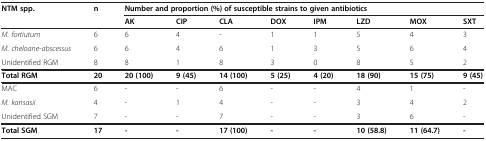
<table><thead><tr><td><b>NTM spp.</b></td><td><b>n</b></td><td colspan="8"><b>Number and proportion (%) of susceptible strains to given antibiotics</b></td></tr><tr><td><b> </b></td><td><b> </b></td><td><b>AK</b></td><td><b>CIP</b></td><td><b>CLA</b></td><td><b>DOX</b></td><td><b>IPM</b></td><td><b>LZD</b></td><td><b>MOX</b></td><td><b>SXT</b></td></tr></thead><tbody><tr><td><i>M. fortiutum</i></td><td>6</td><td>6</td><td>4</td><td>-</td><td>1</td><td>1</td><td>5</td><td>4</td><td>3</td></tr><tr><td><i>M. cheloane-abscessus</i></td><td>6</td><td>6</td><td>4</td><td>6</td><td>1</td><td>3</td><td>5</td><td>6</td><td>4</td></tr><tr><td>Unidentified RGM</td><td>8</td><td>8</td><td>1</td><td>8</td><td>3</td><td>0</td><td>8</td><td>5</td><td>2</td></tr><tr><td><b>Total RGM</b></td><td><b>20</b></td><td><b>20 (100)</b></td><td><b>9 (45)</b></td><td><b>14 (100)</b></td><td><b>5 (25)</b></td><td><b>4 (20)</b></td><td><b>18 (90)</b></td><td><b>15 (75)</b></td><td><b>9 (45)</b></td></tr><tr><td>MAC</td><td>6</td><td>-</td><td>-</td><td>6</td><td>-</td><td>-</td><td>4</td><td>1</td><td>-</td></tr><tr><td><i>M. kansasii</i></td><td>4</td><td>-</td><td>1</td><td>4</td><td>-</td><td>-</td><td>3</td><td>4</td><td>2</td></tr><tr><td>Unidentified SGM</td><td>7</td><td>-</td><td>-</td><td>7</td><td>-</td><td>-</td><td>3</td><td>6</td><td>-</td></tr><tr><td><b>Total SGM</b></td><td><b>17</b></td><td><b>-</b></td><td><b>-</b></td><td><b>17 (100)</b></td><td><b>-</b></td><td><b>-</b></td><td><b>10 (58.8)</b></td><td><b>11 (64.7)</b></td><td><b>-</b></td></tr></tbody></table>